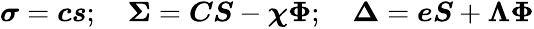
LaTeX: \begin{array}{r}{\boldsymbol{\sigma}=\boldsymbol{c}\boldsymbol{s};\quad\boldsymbol{\Sigma}=\boldsymbol{C}\boldsymbol{S}-\boldsymbol{\chi}\boldsymbol{\Phi};\quad\boldsymbol{\Delta}=\boldsymbol{eS}+\boldsymbol{\Lambda}\boldsymbol{\Phi}}\end{array}